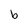
Character: b